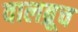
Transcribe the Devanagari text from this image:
वालब्रूच